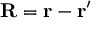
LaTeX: \mathbf { R } = \mathbf { r } - \mathbf { r } ^ { \prime }